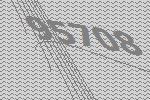
95708